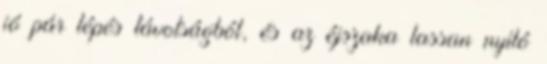
jó pár lépés távolságból, és az éjszaka lassan nyíló